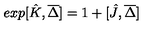
e x p [ \hat { K } , \overline { { \Delta } } ] = 1 + [ \hat { J } , \overline { { \Delta } } ]